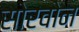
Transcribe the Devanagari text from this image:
सोरवोन